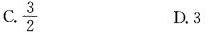
C. \frac{3}{2} D.3